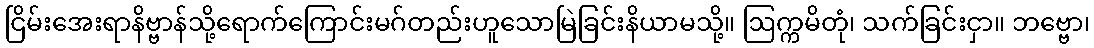
ငြိမ်းအေးရာနိဗ္ဗာန်သို့ရောက်ကြောင်းမဂ်တည်းဟူသောမြဲခြင်းနိယာမသို့။ ဩက္ကမိတုံ၊ သက်ခြင်းငှာ။ ဘဗ္ဗော၊